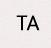
TA